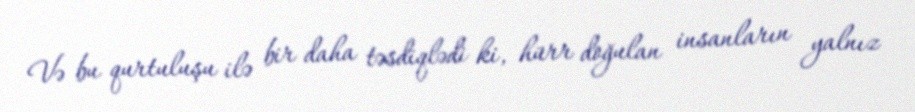
Və bu qurtuluşu ilə bir daha təsdiqlədi ki, hürr doğulan insanların yalnız